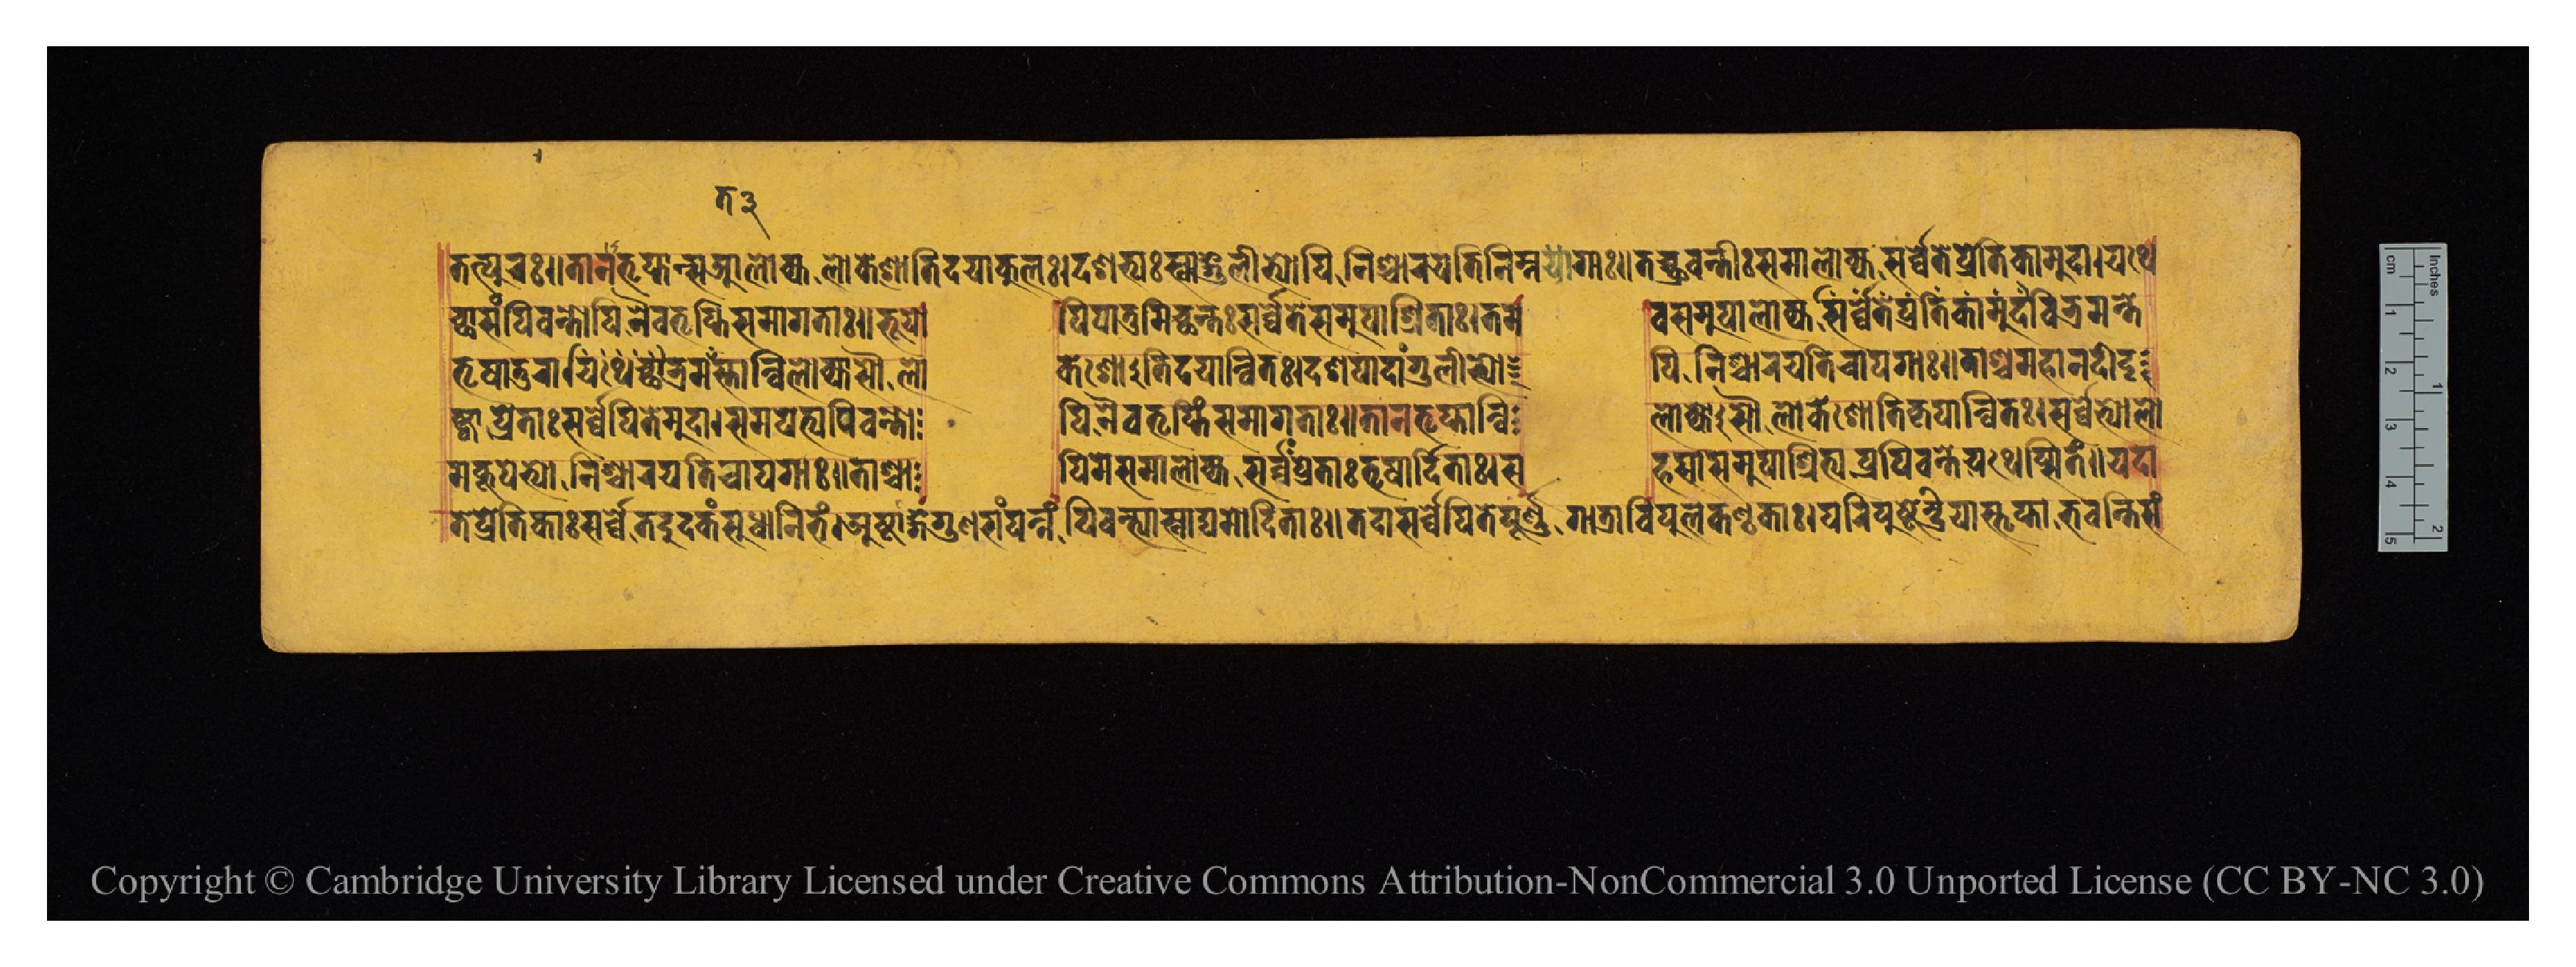
𑐟𑐟𑑂𑐥𑐸𑐬𑑅𑑌𑐟𑐵𑐣𑐟𑐺𑐥𑑂𑐟𑐵𑐣𑑂𑐳𑐩𑐵𑐮𑑀𑐎𑑂𑐫𑐮𑑀𑐎𑐾𑐱𑑀𑐟𑐶𑐡𑐫𑐵𑐎𑐸𑐮𑑅𑑋𑐡𑐱𑐨𑑂𑐫𑑅𑐳𑑂𑐰𑐵𑑄𑐐𑐸𑐮𑐷𑐨𑑂𑐫𑑀𑐥𑐶𑐣𑐶𑐱𑑂𑐔𑐵𑐬𑐫𑐟𑐶𑐣𑐶𑐩𑑂𑐣𑐐𑐵𑑅𑑌𑐟𑐔𑑂𑐕𑑂𑐬𑐰𑐣𑑂𑐟𑐷𑑅𑐳𑐩𑐵𑐮𑑀𑐎𑑂𑐫𑐳𑐬𑑂𑐰𑑂𑐰𑐾𑐟𑐾𑐥𑑂𑐬𑐾𑐟𑐶𑐎𑐵𑐩𑐸𑐡𑐵𑑋𑐫𑐠𑐾 𑐔𑑂𑐕𑐵𑐳𑑄𑐥𑐶𑐧𑐣𑑂𑐟𑑀𑐥𑐶𑐣𑐿𑐰𑐟𑐺𑐥𑑂𑐟𑐶𑐳𑐩𑐵𑐐𑐟𑐵𑑅𑑋𑐨𑐹𑐫𑑀  𑐥𑐶𑐥𑐵𑐟𑐸𑐩𑐶𑐔𑑂𑐕𑐣𑑂𑐟𑑅𑐳𑐬𑑂𑐰𑑂𑐰𑐾𑐟𑐾𑐳𑐩𑐸𑐥𑐵𑐱𑑂𑐬𑐶𑐟𑐵𑑅𑑋𑐟𑐩𑐾     𑐰𑑄𑐳𑐩𑐸𑐥𑐵𑐮𑑀𑐎𑑂𑐫𑐰𑐶𑐨𑑂𑐬𑐩𑐣𑑂𑐟𑐾 𑐟𑐺𑐲𑐵𑐟𑐸𑐬𑐵𑐫𑐶𑐠𑐾𑐕𑐊𑐩𑐳𑑂𑐟𑐵𑐣𑑂𑐰𑐶𑐮𑑀𑐎𑑂𑐫𑐳𑑁𑐮𑑀       𑐎𑐾𑐱𑑀𑐟𑐶𑐡𑐫𑐵𑐣𑑂𑐰𑐶𑐟𑑅𑑋𑐡𑐱𑐥𑐵𑐡𑐵𑑄𑐐𑐸𑐮𑐷𑐨𑑂𑐫𑑀  𑐥𑐶𑐣𑐶𑐱𑑂𑐫𑐵𑐬𑐫𑐟𑐶𑐔𑐵𑐥𑐬𑐵𑑅𑑌𑐟𑐵𑐱𑑂𑐔𑐩𑐴𑐵𑐣𑐡𑐷𑐬𑑂𑐡𑐺 𑐲𑑂𑐚𑑂𑐰𑐵𑐥𑑂𑐬𑐾𑐟𑐵𑐳𑑂𑐳𑐬𑑂𑐰𑑂𑐰𑐾𑐥𑐶𑐟𑐾𑐩𑐸𑐡𑐵𑑋𑐳𑐩𑐸𑐥𑐾𑐟𑑂𑐫𑐥𑐶𑐧𑐣𑑂𑐟𑑀𑐥𑐶𑐣𑐿𑐰𑐟𑐺  𑐥𑑂𑐟𑐶𑑄𑐳𑐩𑐵𑐐𑐟𑐵𑑅𑑋𑐟𑐵𑐣𑐟𑐺𑐟𑐵𑐣𑑂𑐰𑐶  𑐮𑑀𑐎𑑂𑐫𑐵𑐳𑑁𑐮𑑀𑐎𑐾𑐱𑑀𑐟𑐶𑐎𑐺𑐥𑐵𑐣𑑂𑐰𑐶𑐟𑑅𑑋𑐳𑐬𑑂𑐰𑑂𑐰𑐾𑐨𑑂𑐫𑑀𑐮𑑀 𑐟𑐾𑐥𑑂𑐬𑐾𑐟𑐶𑐎𑐵𑑅𑐳𑐬𑑂𑐰𑑂𑐰𑐾𑐟𑐡𑐸𑐡𑐎𑑄𑐳𑐸𑐢𑐵𑐣𑐶𑐨𑑄𑑋𑐀𑐲𑑂𑐚𑐵𑑄𑐐𑐐𑐸𑐞𑐳𑑄𑐥𑐣𑑂𑐣𑑄𑐥𑐶𑐧𑐣𑑂𑐟𑑂𑐫𑐵𑐳𑑂𑐰𑐵𑐢𑑂𑐫𑐩𑑀𑐡𑐶𑐟𑐵𑑅𑑋𑐟𑐡𑐵𑐳𑐬𑑂𑐰𑑂𑐰𑐾𑐥𑐶𑐟𑐾𑐥𑐹𑐬𑑂𑐞𑐐𑐵𑐟𑑂𑐬𑐵𑐰𑐶𑐥𑐸𑐮𑐎𑐞𑑂𑐛𑐎𑐵𑑅𑑋𑐥𑐬𑐶𑐥𑐸𑐲𑑂𑐚𑐾𑐣𑑂𑐡𑑂𑐬𑐶𑐫𑐵𑐳𑑂𑐟𑐺𑐥𑑂𑐟𑐵𑐨𑐰𑐣𑑂𑐟𑐶𑐳𑑄 𑐩𑐎𑐹𑐥𑐾𑐨𑑂𑐫𑑀𑐣𑐶𑐱𑑂𑐔𑐵𑐬𑐫𑐟𑐶𑐔𑐵𑐥𑐐𑐵𑑅𑑌𑐟𑐵𑐘𑑂𑐱𑑂𑐔𑐵  𑐥𑐶𑐟𑐾𑐳𑐩𑐵𑐮𑑀𑐎𑑂𑐫𑐳𑐬𑑂𑐰𑑂𑐰𑐵𑐥𑑂𑐬𑐾𑐟𑐵𑑅𑐟𑐺𑐂𑐲𑐵𑐬𑑂𑐡𑐶𑐟𑐵𑑅𑑋𑐳  𑐴𑐳𑐵𑐳𑐩𑐸𑐥𑐵𑐱𑑂𑐬𑐷𑐟𑑂𑐫𑐥𑑂𑐬𑐥𑐶𑐧𑐣𑑂𑐟𑐾𑐫𑐠𑐾𑐥𑑂𑐳𑐶𑐟𑑄𑑌𑐫𑐡𑐵